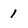
Character: 1